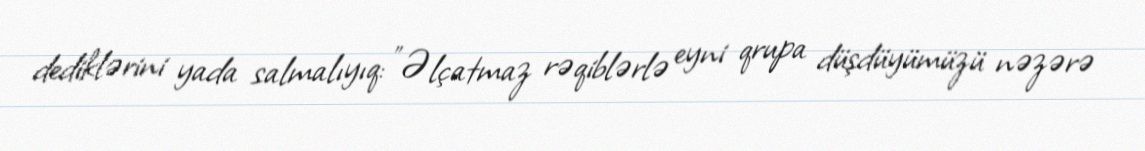
dediklərini yada salmalıyıq: "Əlçatmaz rəqiblərlə eyni qrupa düşdüyümüzü nəzərə